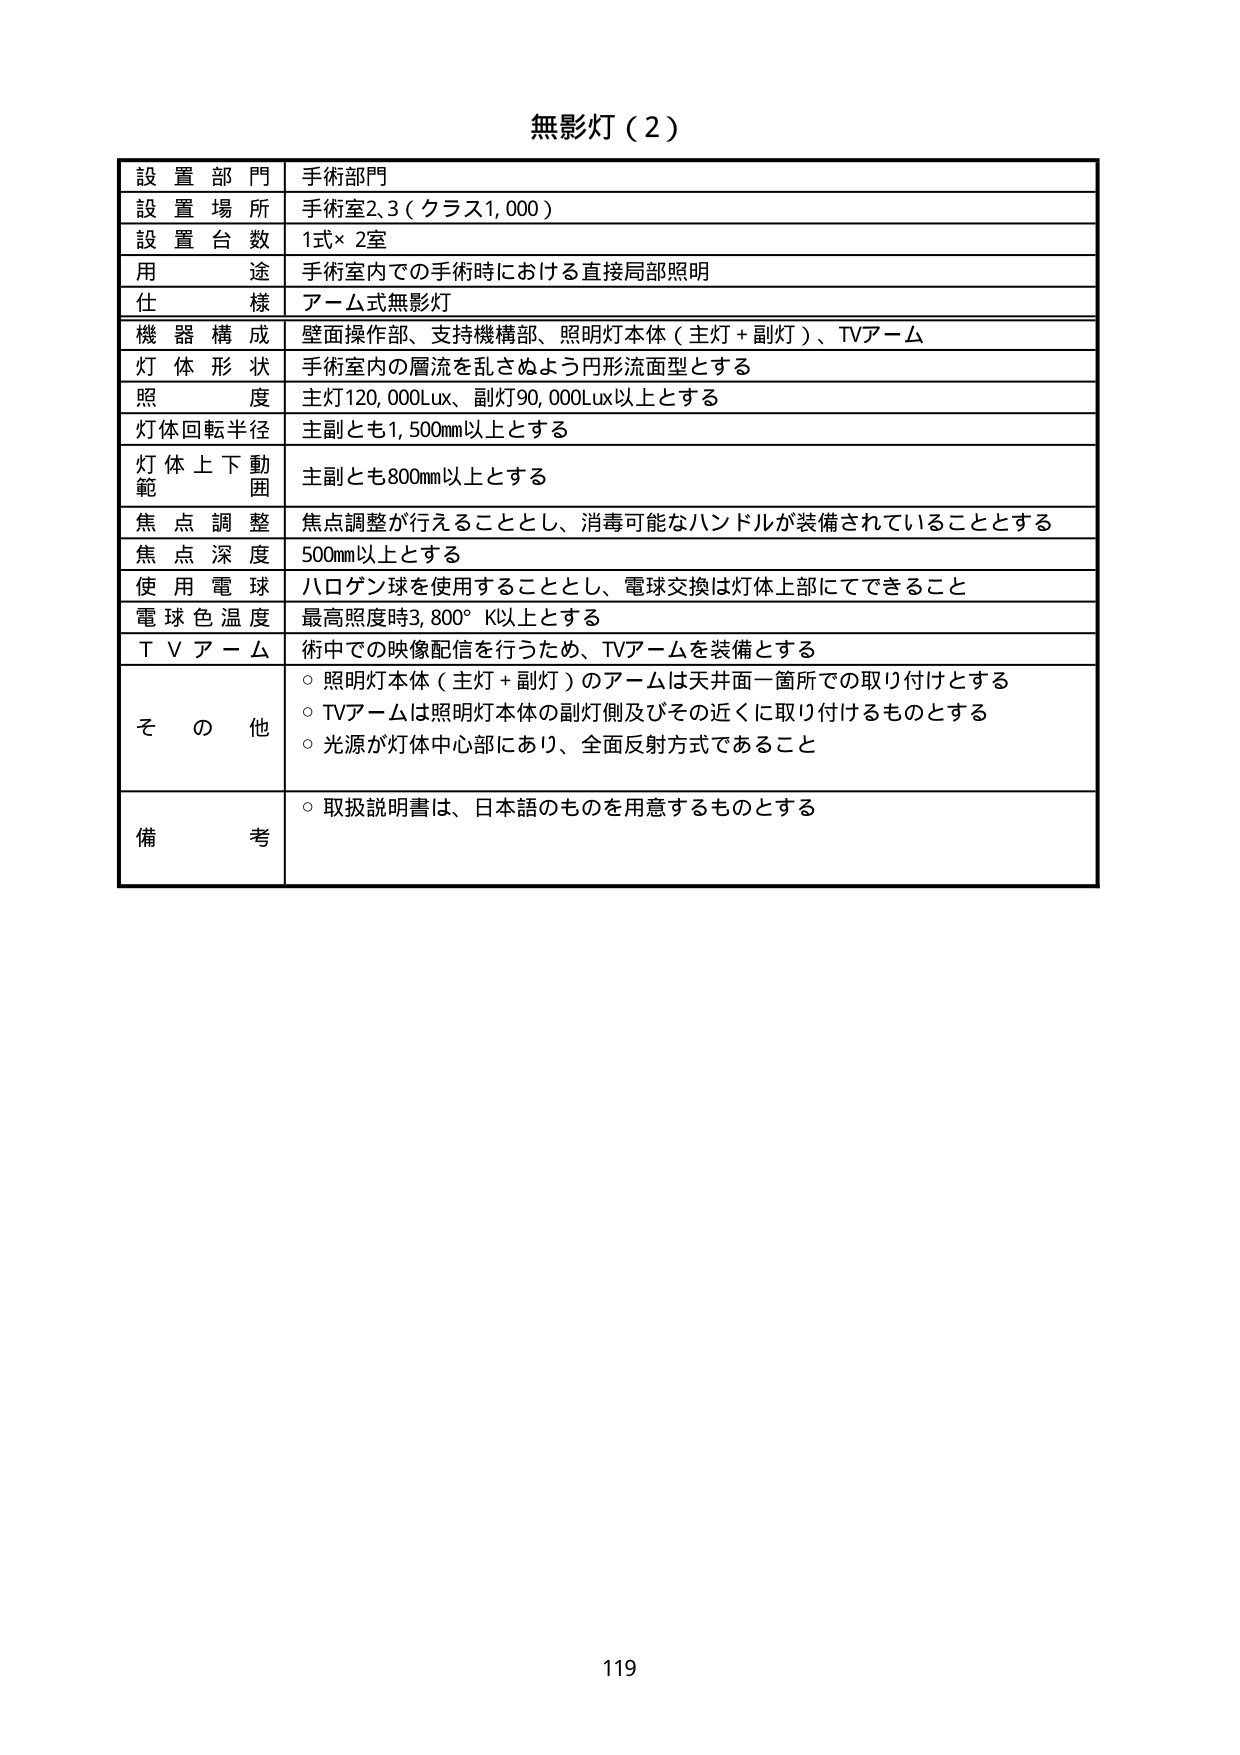
無影灯（2）

設置部門　手術部門
設置場所　手術室2,3（クラス1,000）
設置台数　1式×2室
用途　手術室内での手術時における直接局部照明
仕様　アーム式無影灯
機器構成　壁面操作部、支持機構部、照明灯本体（主灯＋副灯）、TVアーム
灯体形状　手術室内の層流を乱さぬよう円形流面型とする
照度　主灯120,000Lux、副灯90,000Lux以上とする
灯体回転半径　主副とも1,500mm以上とする
灯体上下動範囲　主副とも800mm以上とする
焦点調整　焦点調整が行えることとし、消毒可能なハンドルが装備されていることとする
焦点深度　500mm以上とする
使用電球　ハロゲン球を使用することとし、電球交換は灯体上部にてできること
電球色温度　最高照度時3,800°K以上とする
TVアーム　術中での映像配信を行うため、TVアームを装備とする
その他
　○ 照明灯本体（主灯＋副灯）のアームは天井面一箇所での取り付けとする
　○ TVアームは照明灯本体の副灯側及びその近くに取り付けるものとする
　○ 光源が灯体中心部にあり、全面反射方式であること
備考
　○ 取扱説明書は、日本語のものを用意するものとする

119